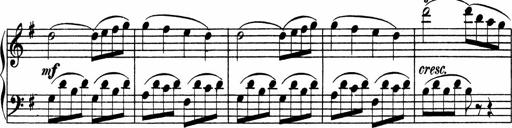
Title: 3 Sonatinen
Composer: Heinrich Lichner